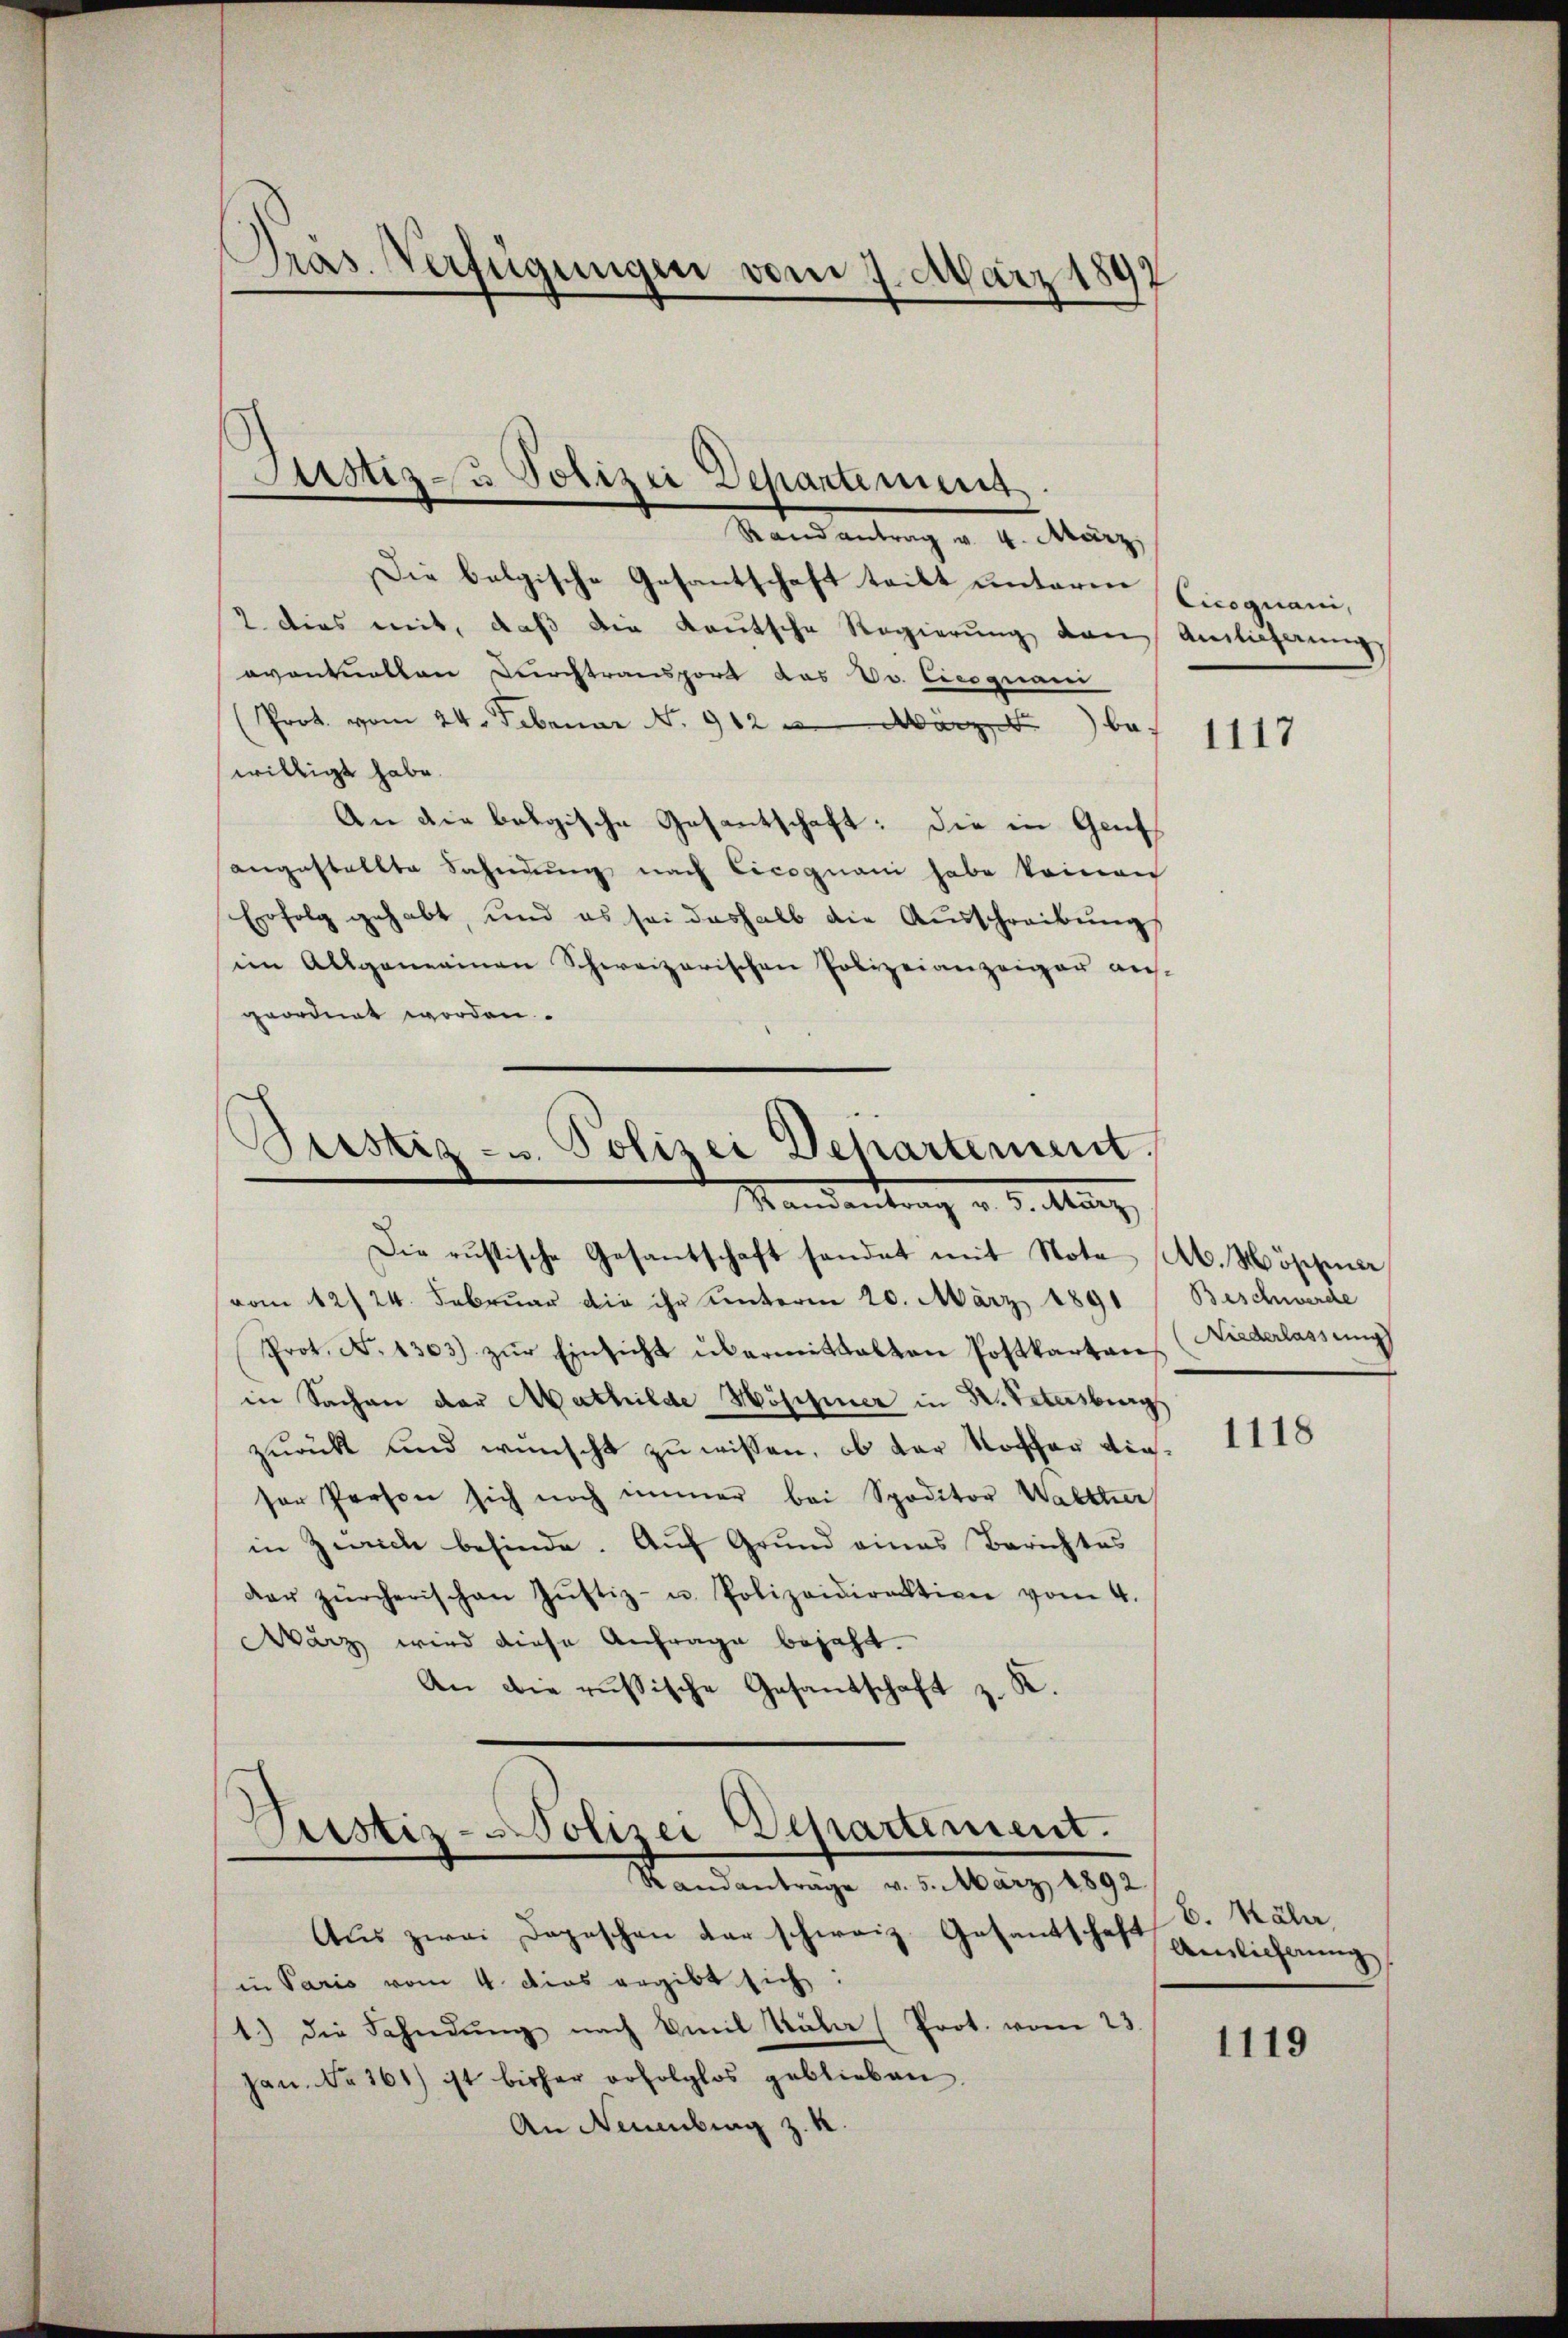
Präs. Verfügungen vom 7. März 1897

Astiz- u Polizei Departement.
.
Randantrag v. 4. März,

Die belgische Gesantschaft teilt unterm Cicoguani,
2. Dies mit, daß die Kautsche Regierung von Anlicherungs
oventuellen Durchtransport das Vv. Cicognam
(Prot. vom 24. Februar . 912 t März bes
willigt habe.
An die belgische Gesantschaft: Die in Gant
angestallte Sahndung nach Cicognani habe keinen
Erfolg gehabt, und es sei deshalb die Ausschreibung
im Allgemeinen Schweizerischen Polizeianzeiger aus-
geordnet worden.

Justiz- u. Polizei Departement
Mandantrag d. d. Merz,

Die rustische Gesantschaft handet mit Note M. Mösse
vom 12/24. Februar die ihr unterm 20. März 1891
Prot. No 1303) zŭr Einsicht übermittalten Postkarten Niederlassŭng
in Sachen der Mathilde Höschener in K. Petersburg
zurück und wünscht zu wissen, ob der Koffer dieser Person sich noch immer bei Spoditor Waltter
in Zürich befinde. Auf Grund eines Berichtes
der zürcherischen Jŭstiz- u. Polizeidirektion vom 4.
Warz wird diese Anfrage bejaht.
An die russische Gesandschaft z. R.

Justiz-Polizei Departement.
Randantrage v. 5. März 1892

Aŭs zwei Depeschen der schweiz. Gesandtschaft gelicherŭng
in Paris vom 4. Dies ergibt sich:
1.) die Fahndung nach Emil Kala (Prot. vom 23.
jan. No 261) ist bisher erfolglos geblieben.
An Neuenbrag z. R.

1117

Beschwerde

1118

b. Nähr,

1119